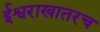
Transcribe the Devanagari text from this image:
ईश्वराखातरच